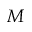
M